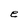
Character: e